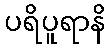
ပရိပူရာနိ